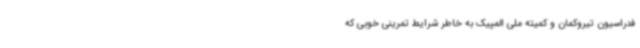
فدراسیون تیروکمان و کمیته ملی المپیک به خاطر شرایط تمرینی خوبی که